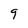
Character: 9